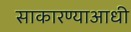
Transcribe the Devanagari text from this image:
साकारण्याआधी